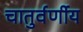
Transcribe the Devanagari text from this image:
चातुर्वर्णीय